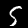
Label: 5